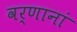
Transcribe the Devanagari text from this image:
वर्णानां